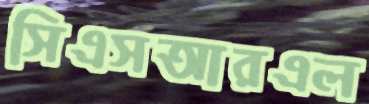
সিএসআরএল